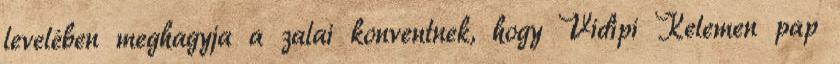
levelében meghagyja a zalai konventnek, hogy Vidipi Kelemen pap